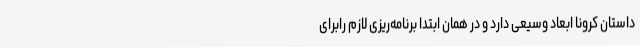
داستان کرونا ابعاد وسیعی دارد و در همان ابتدا برنامه‌ریزی لازم رابرای